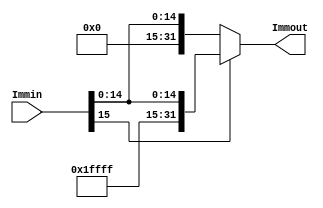
`timescale 1ns / 1ps
//////////////////////////////////////////////////////////////////////////////////
// Company: 
// Engineer: 
// 
// Design Name: 
// Module Name: Extender
// Project Name: 
// Target Devices: 
// Tool Versions: 
// Description: 
// 
// Dependencies: 
// 
// Revision:
// Revision 0.01 - File Created
// Additional Comments:
// 
//////////////////////////////////////////////////////////////////////////////////


module Extender(
    input wire [15:0] Immin,
    output wire [31:0] Immout
    );

    assign Immout = (Immin[15])?{16'hffff,Immin[15:0]}:{16'h0,Immin[15:0]};
    
endmodule